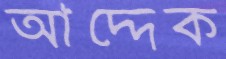
আদ্দেক